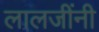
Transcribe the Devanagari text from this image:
लालजींनी